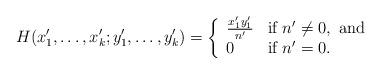
LaTeX: \begin{align*}H(x'_1,\ldots,x'_k; y'_1,\ldots,y'_k) = \left\{\begin{array}{ll}\frac{x'_1y'_1}{n'} &\mbox{if }n'\ne 0,\ \mbox{and}\\ 0&\mbox{if }n' = 0.\end{array}\right.\end{align*}